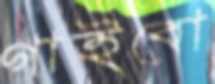
গাইবো